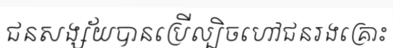
ជនសង្ស័យបានប្រើល្បិចហៅជនរងគ្រោះ